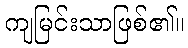
ကျမြင်းသာဖြစ်၏။